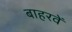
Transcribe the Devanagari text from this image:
बाहरवें